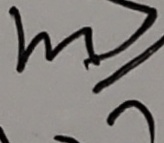
m \geq